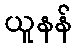
ယူနန်